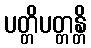
ပတ္တိပတ္တန္တိ